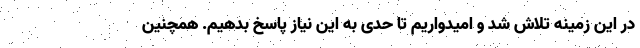
در این زمینه تلاش شد و امیدواریم تا حدی به این نیاز پاسخ بدهیم. همچنین